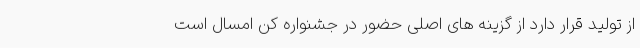
از تولید قرار دارد از گزینه های اصلی حضور در جشنواره کن امسال است